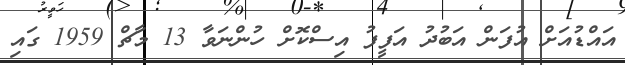
އައްޑުއަށް އުފަން އަބުދު އަފީފު އިސްކޮށް ހުންނަވާ 13 މާޗް 1959 ގައި